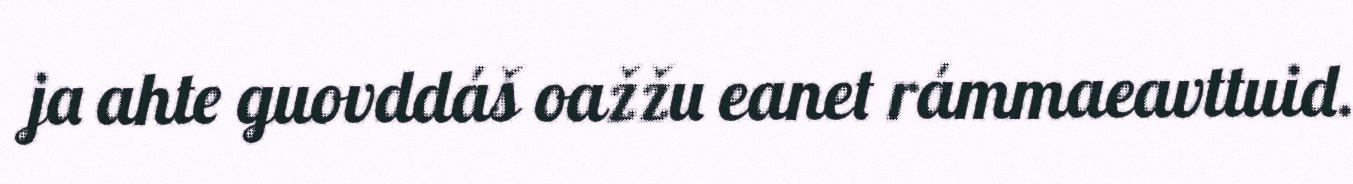
ja ahte guovddáš oažžu eanet rámmaeavttuid.